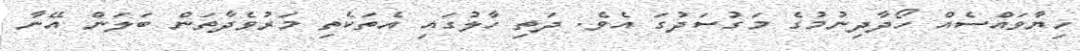
ހިޔާވައްސެއް ހޯދާދިނުމުގެ މަގުސަދުގަ އެވެ. ދަތި ހާލުގައި އެތަކެތި މަރުވެދާތަން ބަލަން އޭނާ